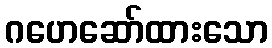
ဂဟေဆော်ထားသော